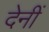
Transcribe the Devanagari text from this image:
देनीं